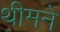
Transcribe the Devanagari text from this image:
थीमने